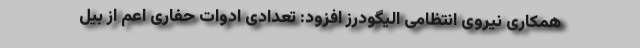
همکاری نیروی انتظامی الیگودرز افزود: تعدادی ادوات حفاری اعم از بیل